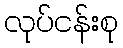
လုပ်ငန်းစု